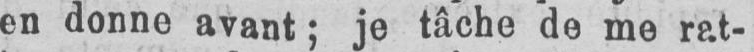
en donne avant; je tâche de me rat-